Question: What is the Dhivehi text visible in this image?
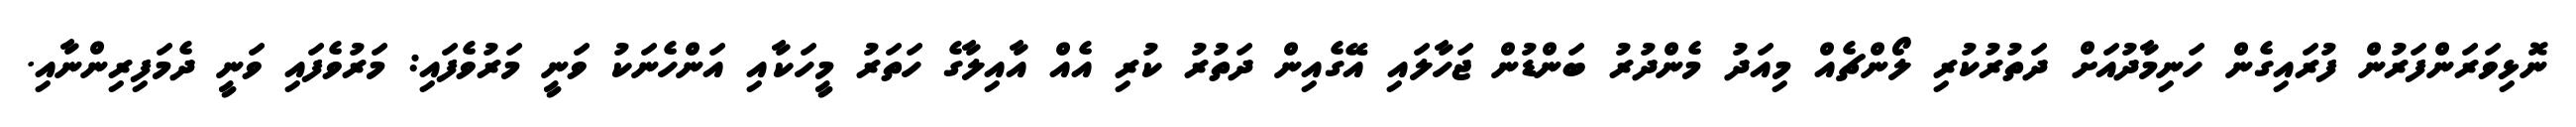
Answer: ނޮޅިވަރަންފަރުން ފުރައިގެން ހަނިމާދުއަށް ދަތުރުކުރި ލޯންޗެއް މިއަދު މެންދުރު ބަންޑުން ޖަހާލައި އޭގެއިން ދަތުރު ކުރި އެއް އާއިލާގެ ހަތަރު މީހަކާއި އަންހެނަކު ވަނީ މަރުވެފައި: މަރުވެފައި ވަނީ ދެމަފިރިންނާއި.